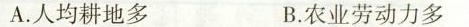
A.人均耕地多 B.农业劳动力多